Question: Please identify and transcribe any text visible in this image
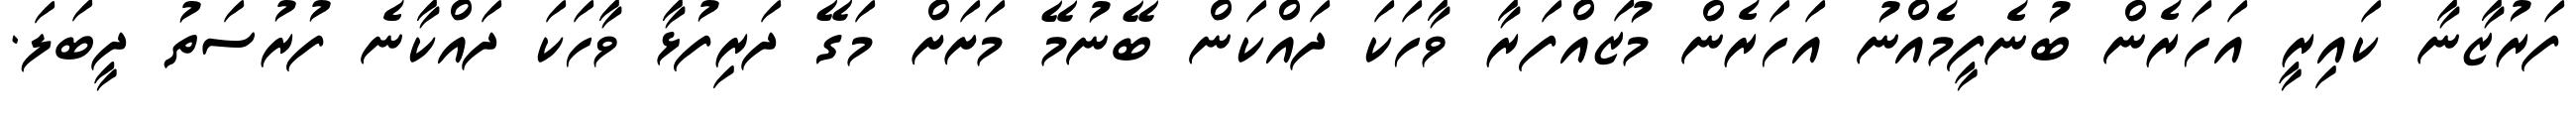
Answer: ފަރުޒާނާ ކައިރީ އަހަރެން ބުނެފީމެއްނު އަހަރެން މުޒައްފަރާ ވާހަކަ ދައްކަން ބޭނުމޭ މަށަށް މަގޭ ދަރިފުޅާ ވާހަކަ ދައްކާނެ ފުރުސަތު ދީބަލަ.